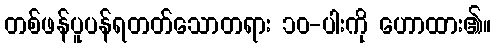
တစ်ဖန်ပူပန်ရတတ်သောတရား ၁၀-ပါးကို ဟောထား၏။